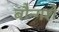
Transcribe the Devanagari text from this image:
बौन्गशे